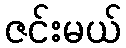
ဇင်းမယ်